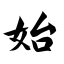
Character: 始